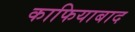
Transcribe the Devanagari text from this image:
काफियाबाद